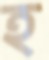
হ